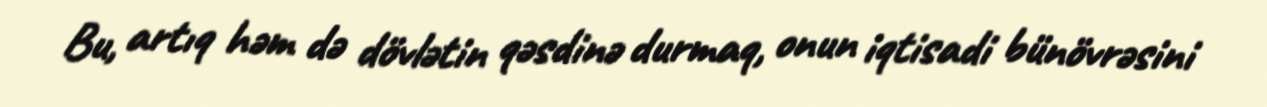
Bu, artıq həm də dövlətin qəsdinə durmaq, onun iqtisadi bünövrəsini